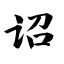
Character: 诏